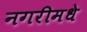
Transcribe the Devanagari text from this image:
नगरीमधे